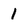
Character: 1